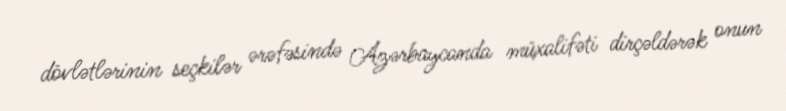
dövlətlərinin seçkilər ərəfəsində Azərbaycanda müxalifəti dirçəldərək onun